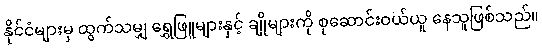
နိုင်ငံများမှ ထွက်သမျှ ရွှေဖြူများနှင့် ချိုများကို စုဆောင်းဝယ်ယူ နေသူဖြစ်သည်။